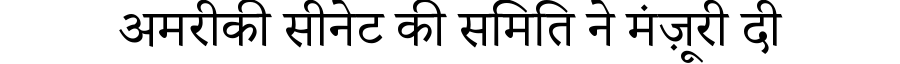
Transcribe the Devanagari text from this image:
अमरीकी सीनेट की समिति ने मंज़ूरी दी